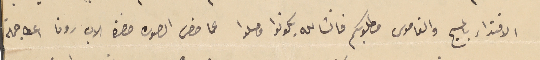
الاقتداء بالمسيح والقاموس مطلوبكم فانشالله يكونوا وصلوا عما خص الصوره حضرة الاب رون اعطا جملة